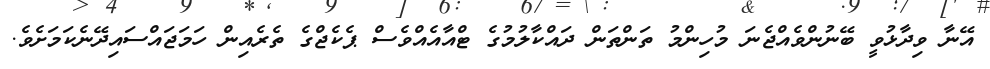
އޭނާ ވިދާޅުވީ ބޭނުންވެއްޖެނަ މުހިންމު ތަންތަން ދައްކާލުމުގެ ޓްއާއެއްވެސް ޕެކެޖްގެ ތެރެއިން ހަަމަޖައްސައިދޭނެކަމަށެވެ.